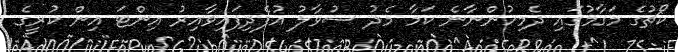
ކޯޗުގެ މަގާމުގައި ދެމިހުންނާނެ ކަމާ މެދު ސުވާލު އުފެދިފައިވާއިރު އިންޓަ އިން ކުރީގެ